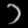
Digit: ၁